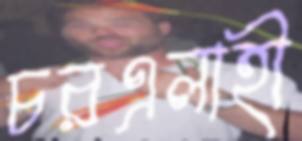
চরএলাহী